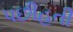
પછીહતી